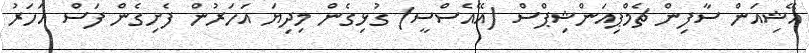
އޭޝިއަން ސާފިން ޗެމްޕިއަންޝިޕްސް (އޭއެސްސީ) ގުޅިގެން މިދިޔަ އަހަރުން ފެށިގެން ފަސް އަހަރު